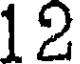
12